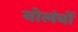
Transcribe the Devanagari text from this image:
नोलंबों